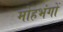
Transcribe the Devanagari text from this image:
मोहभंगों